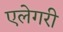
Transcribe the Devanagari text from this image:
एलेगरी